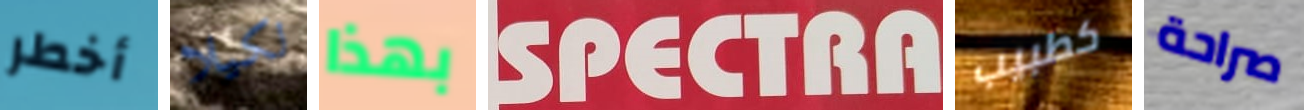
أخطر لكيلا بهذا SPECTRA كطبيب صراحة